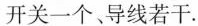
开关一个、导线若干.